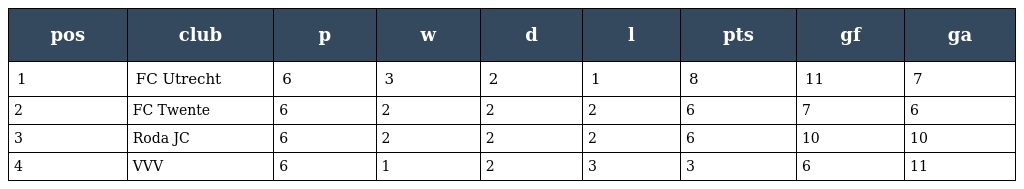
| pos | club | p | w | d | l | pts | gf | ga |
 | --- | --- | --- | --- | --- | --- | --- | --- | --- |
 | 1 | FC Utrecht | 6 | 3 | 2 | 1 | 8 | 11 | 7 |
 | 2 | FC Twente | 6 | 2 | 2 | 2 | 6 | 7 | 6 |
 | 3 | Roda JC | 6 | 2 | 2 | 2 | 6 | 10 | 10 |
 | 4 | VVV | 6 | 1 | 2 | 3 | 3 | 6 | 11 |